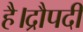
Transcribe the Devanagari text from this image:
है।द्रौपदी